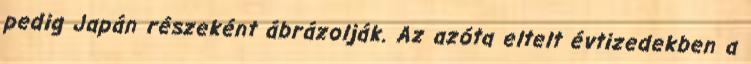
pedig Japán részeként ábrázolják. Az azóta eltelt évtizedekben a